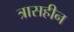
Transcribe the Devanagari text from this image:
त्रासहीन